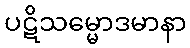
ပဋိသမ္မောဒမာနာ